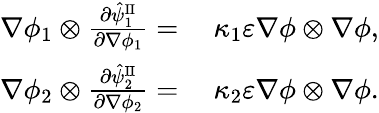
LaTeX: \begin{array}{rl}{\nabla\phi_{1}\otimes\frac{\partial\hat{\psi}_{1}^{\mathrm{II}}}{\partial\nabla\phi_{1}}=}&{~\kappa_{1}\varepsilon\nabla\phi\otimes\nabla\phi,}\\ {\nabla\phi_{2}\otimes\frac{\partial\hat{\psi}_{2}^{\mathrm{II}}}{\partial\nabla\phi_{2}}=}&{~\kappa_{2}\varepsilon\nabla\phi\otimes\nabla\phi.}\end{array}